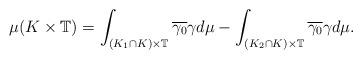
LaTeX: \begin{align*}\mu(K\times \mathbb{T})=\int_{(K_1\cap K)\times \mathbb{T}}\overline{\gamma_0}\gamma d\mu-\int_{(K_2\cap K)\times\mathbb{T}}\overline{\gamma_0}\gamma d\mu.\end{align*}